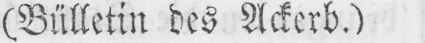
(Bülletin des Ackerb.)